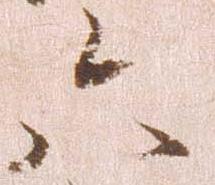
六